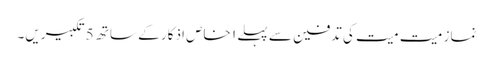
نماز میت میت کی تدفین سے پہلے ۱ خاص اذکار کے ساتھ 5 تکبیریں۔